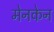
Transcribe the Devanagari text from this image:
मेनकेन